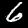
Label: 6